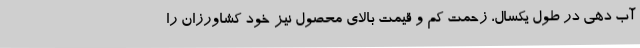
آب دهی در طول یکسال، زحمت کم و قیمت بالای محصول نیز خود کشاورزان را